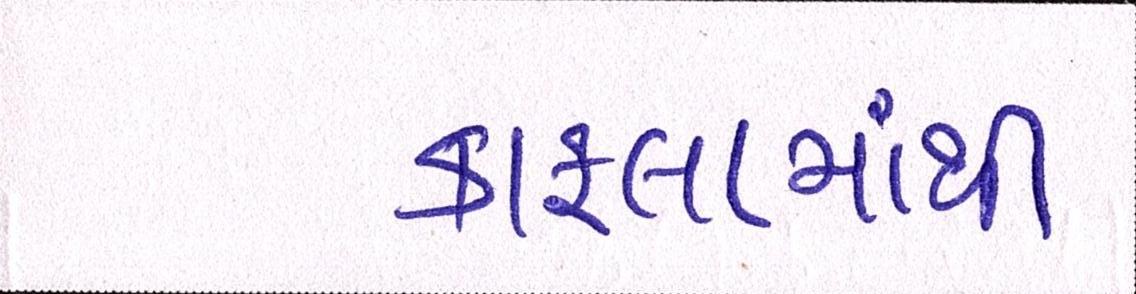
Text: કાફલામાંથી